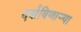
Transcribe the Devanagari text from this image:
दर्शविणाऱ्या